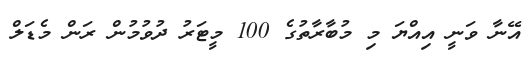
އޭނާ ވަނީ އިއްޔަ މި މުބާރާތުގެ 100 މީޓަރު ދުވުމުން ރަން މެޑަލް